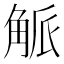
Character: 𮗯